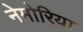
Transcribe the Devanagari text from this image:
नेमोरिया